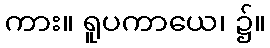
ကား။ ရူပကာယေ၊ ၌။